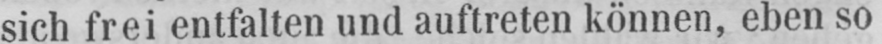
sich frei entfalten und auftreten können, eben so